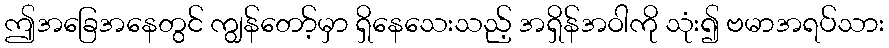
ဤအခြေအနေတွင် ကျွန်တော့်မှာ ရှိနေသေးသည့် အရှိန်အဝါကို သုံး၍ ဗမာအရပ်သား